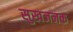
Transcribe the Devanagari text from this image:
सुखजनक